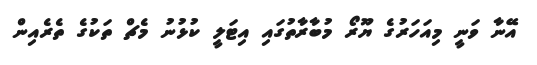
އޭނާ ވަނީ މިއަހަރުގެ ޔޫރޯ މުބާރާތުގައި އިޓަލީ ކުޅުނު މެޗް ތަކުގެ ތެރެއިން